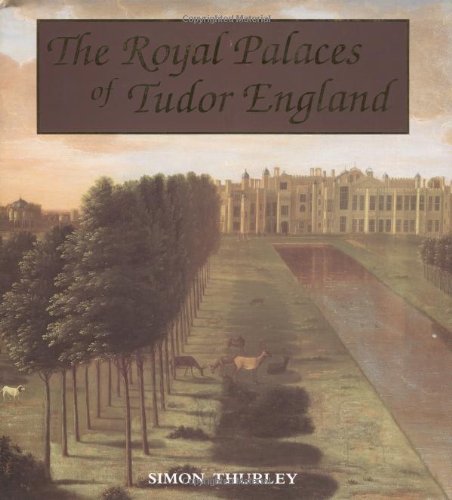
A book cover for The Royal Palaces of Tudor England: Architecture and Court Life, 1460-1547 (Paul Mellon Centre for Studies in Britis); Dr. Simon Thurley; Arts & Photography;